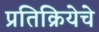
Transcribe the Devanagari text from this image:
प्रतिक्रियेचे